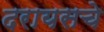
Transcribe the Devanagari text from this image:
दरायसचे